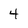
Character: 4